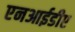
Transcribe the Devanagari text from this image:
एनआईडीए